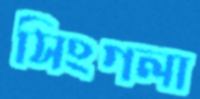
সিংগলা